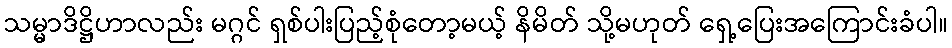
သမ္မာဒိဋ္ဌိဟာလည်း မဂ္ဂင် ရှစ်ပါးပြည့်စုံတော့မယ့် နိမိတ် သို့မဟုတ် ရှေ့ပြေးအကြောင်းခံပါ။